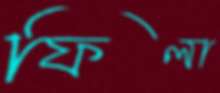
ফিলা